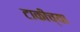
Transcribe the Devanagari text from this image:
टाकीच्या